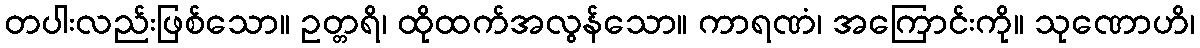
တပါးလည်းဖြစ်သော။ ဥတ္တရိ၊ ထိုထက်အလွန်သော။ ကာရဏံ၊ အကြောင်းကို။ သုဏောဟိ၊